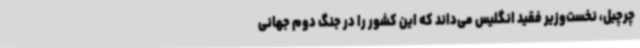
چرچیل، نخست‌وزیر فقید انگلیس می‌داند که این کشور را در جنگ دوم جهانی